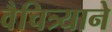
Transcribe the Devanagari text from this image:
वैचित्र्याने